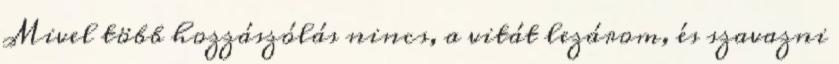
Mivel több hozzászólás nincs, a vitát lezárom, és szavazni